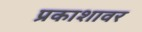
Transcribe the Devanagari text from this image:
प्रकाशावर